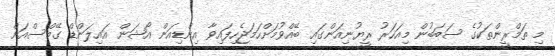
މި ތަމްރީންތަކުގެ ސަބަބުން މިއަހަރު ރީޔުނިއަންގައި ބޭއްވުމަށްހަމަޖެހިފައިވާ އިންޑިއަން އޯޝަން އައިލަންޑް ގޭމްސްއަށް